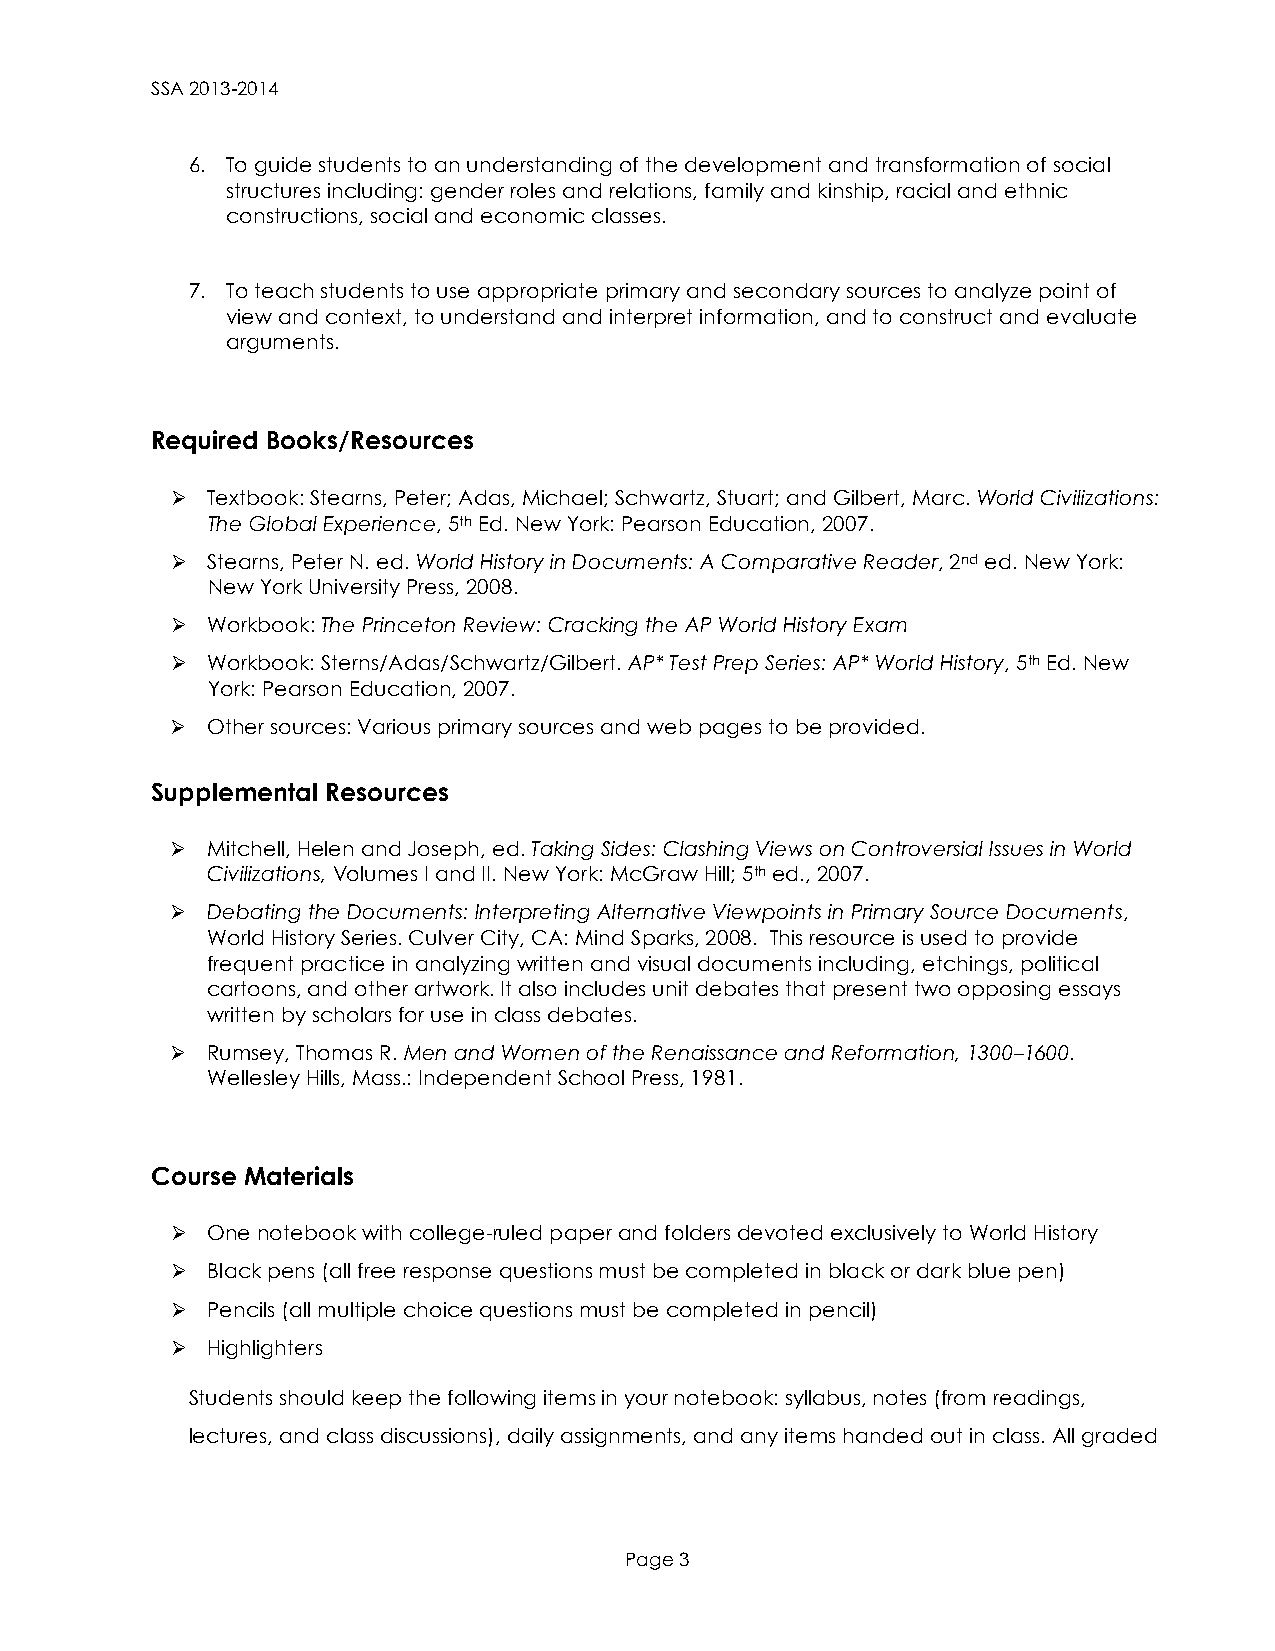
SSA 2013-2014
 6. To guide students to an understanding of the development and transformation of social
 structures including: gender roles and relations, family and kinship, racial and ethnic
 constructions, social and economic classes.
 7. To teach students to use appropriate primary and secondary sources to analyze point of
 view and context, to understand and interpret information, and to construct and evaluate
 arguments.
 Required Books/Resources
 Ø Textbook: Stearns, Peter; Adas, Michael; Schwartz, Stuart; and Gilbert, Marc. World Civilizations:
 The Global Experience, 5th Ed. New York: Pearson Education, 2007.
 Ø Stearns, Peter N. ed. World History in Documents: A Comparative Reader, 2nd ed. New York:
 New York University Press, 2008.
 Ø Workbook: The Princeton Review: Cracking the AP World History Exam
 Ø Workbook: Sterns/Adas/Schwartz/Gilbert. AP* Test Prep Series: AP* World History, 5th Ed. New
 York: Pearson Education, 2007.
 Ø Other sources: Various primary sources and web pages to be provided.
 Supplemental Resources
 Ø Mitchell, Helen and Joseph, ed. Taking Sides: Clashing Views on Controversial Issues in World
 Civilizations, Volumes I and II. New York: McGraw Hill; 5th ed., 2007.
 Ø Debating the Documents: Interpreting Alternative Viewpoints in Primary Source Documents,
 World History Series. Culver City, CA: Mind Sparks, 2008. This resource is used to provide
 frequent practice in analyzing written and visual documents including, etchings, political
 cartoons, and other artwork. It also includes unit debates that present two opposing essays
 written by scholars for use in class debates.
 Ø Rumsey, Thomas R. Men and Women of the Renaissance and Reformation, 1300–1600.
 Wellesley Hills, Mass.: Independent School Press, 1981.
 Course Materials
 Ø One notebook with college-ruled paper and folders devoted exclusively to World History
 Ø Black pens (all free response questions must be completed in black or dark blue pen)
 Ø Pencils (all multiple choice questions must be completed in pencil)
 Ø Highlighters
 Students should keep the following items in your notebook: syllabus, notes (from readings,
 lectures, and class discussions), daily assignments, and any items handed out in class. All graded
 Page 3